Lunatic asylums Madras 1877-1891 - 1877-1891
Year: 1877
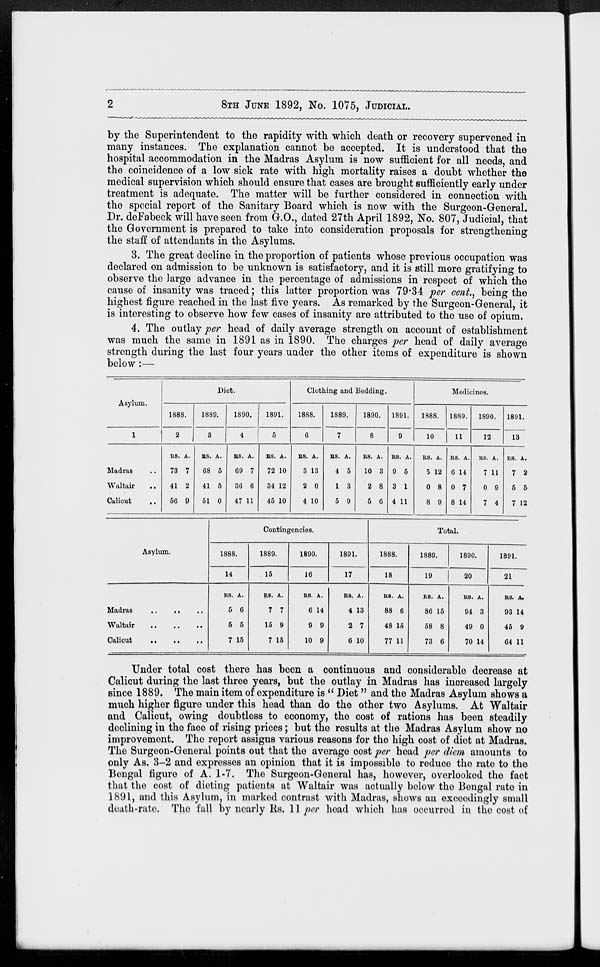
2
8TH
JUNE
1892, No. 1075, JUDICIAL.
by the Superintendent to the rapidity with which death or recovery supervened in
many instances. The explanation cannot be accepted. It is understood that the
hospital accommodation in the Madras Asylum is now sufficient for all needs, and
the coincidence of a low sick rate with high mortality raises a doubt whether the
medical supervision which should ensure that cases are brought sufficiently early under
treatment is adequate. The matter will be further considered in connection with
the special report of the Sanitary Board which is now with the Surgeon-General.
Dr. deFabeck will have seen from G.O., dated 27th April 1892, No. 807, Judicial, that
the Government is prepared to take into consideration proposals for strengthening
the staff of attendants in the Asylums.
3. The great decline in the proportion of patients whose previous occupation was
declared on admission to be unknown is satisfactory, and it is still more gratifying to
observe the large advance in the percentage of admissions in respect of which the
cause of insanity was traced; this latter proportion was 79.34 per cent., being the
highest figure reached in the last five years. As remarked by the Surgeon-General, it
is interesting to observe how few cases of insanity are attributed to the use of opium.
4. The outlay per head of daily average strength on account of establishment
was much the same in 1891 as in 1890. The charges per head of daily average
strength during the last four years under the other items of expenditure is shown
below :—
Asylum.
1
Madras ..
Waltair
..
Calicut ..
Diet.
1888.
2
RS.
73
41
56
A.
7
2
9
1889.
3
RS.
68
41
51
A.
5
5
0
1890.
4
RS.
69
36
47
A.
7
6
11
1891.
5
RS.
72
34
45
A.
10
12
10
Clothing and Bedding.
1888.
6
RS.
3
2
4
A.
13
0
10
1889.
7
RS.
4
1
5
A.
5
3
9
1890.
8
RS.
10
2
5
A.
3
8
6
1891.
9
RS
9
3
4
A.
5
1
11
Medicines.
1888.
10
RS.
5
0
8
A.
12
8
9
1889.
11
RS.
6
0
8
A.
14
7
14
1890.
12
RS.
7
0
7
A.
11
9
4
1891.
13
RS.
7
5
7
A.
2
5
12
Asylum.
Madras
..
..
..
Waltair
..
..
..
Calicut .. .. ..
Contingencies.
1888.
14
RS.
5
5
7
A.
6
5
15
1889.
15
RS.
7
15
7
A.
7
9
15
1890.
16
RS.
6
9
10
A.
14
9
9
1891.
17
RS.
4
2
6
A.
13
7
10
Total.
1888.
18
RS.
88
48
77
A.
6
15
11
1889.
19
RS.
86
58
73
A.
15
8
6
1890.
20
RS.
94
49
70
A.
3
0
14
1891.
21
RS.
93
45
64
A.
14
9
11
Under total cost there has been a continuous and considerable decrease at
Calicut during the last three years, but the outlay in Madras has increased largely
since 1889. The main item of expenditure is " Diet " and the Madras Asylum shows a
much higher figure under this head than do the other two Asylums. At Waltair
and Calicut, owing doubtless to economy, the cost of rations has been steadily
declining in the face of rising prices; but the results at the Madras Asylum show no
improvement. The report assigns various reasons for the high cost of diet at Madras.
The Surgeon-General points out that the average cost per head per diem amounts to
only As. 3-2 and expresses an opinion that it is impossible to reduce the rate to the
Bengal figure of A. 1-7. The Surgeon-General has, however, overlooked the fact
that the cost of dieting patients at Waltair was actually below the Bengal rate in
1891, and this Asylum, in marked contrast with Madras, shows an exceedingly small
death-rate. The fall by nearly Rs. 11 per head which has occurred in the cost of